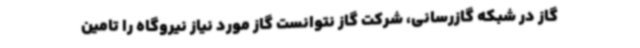
گاز در شبکه گازرسانی، شرکت گاز نتوانست گاز مورد نیاز نیروگاه را تامین